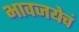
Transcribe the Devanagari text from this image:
भावजयेचं